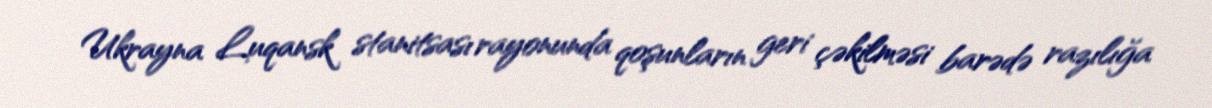
Ukrayna Luqansk stanitsası rayonunda qoşunların geri çəkilməsi barədə razılığa